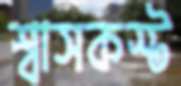
শ্বাসকস্ট